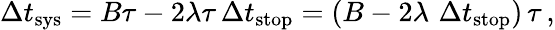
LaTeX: \Delta t_{\mathrm{sys}}=B\tau-2\lambda\tau\, \Delta t_{\mathrm{stop}}=\left(B-2\lambda\, \, \Delta t_{\mathrm{stop}}\right)\, \tau\, ,